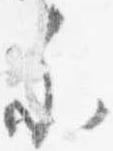
参